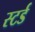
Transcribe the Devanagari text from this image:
स्टर्ड